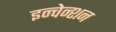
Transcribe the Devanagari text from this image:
इन्वेन्शन